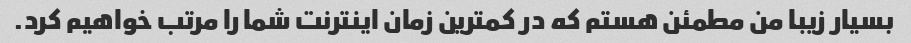
بسیار زیبا من مطمئن هستم که در کمترین زمان اینترنت شما را مرتب خواهیم کرد.